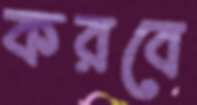
করবে